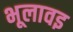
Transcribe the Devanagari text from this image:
भूलावइ